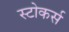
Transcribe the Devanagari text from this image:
स्टोकर्स